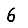
Digit: 6